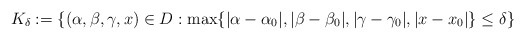
\begin{align*}K_\delta:=\{(\alpha,\beta,\gamma,x)\in D: \max\{ |\alpha-\alpha_0|, |\beta-\beta_0|, |\gamma-\gamma_0|, |x-x_0|\}\le \delta\}\end{align*}